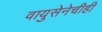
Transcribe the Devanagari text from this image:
वायुसेनेचीही